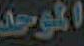
الموحد